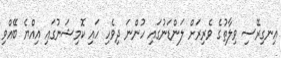
އިނގިރޭސި ވިލާތުގެ ވެރިރަށް ލަންޑަނުގައި ހުންނަ ދިވެހި ހައި ކޮމިޝަނުގައި އިއްޔެ ބޭއްވި